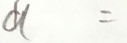
a =